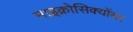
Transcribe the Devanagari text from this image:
माइक्रोसिक्योंसर